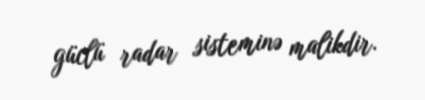
güclü radar sisteminə malikdir.